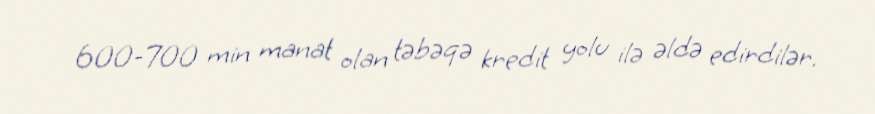
600-700 min manat olan təbəqə kredit yolu ilə əldə edirdilər.